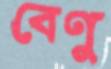
বেণু